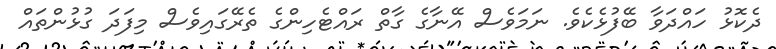
ދެކޮޅު ހައްދަވާ ބޭފުޅެކެވެ. ނަމަވެސް އޭނާގެ ގާތް ރައްޓެހިންގެ ތެރޭގައިވެސް މިފަދަ ގުޅުންތައް